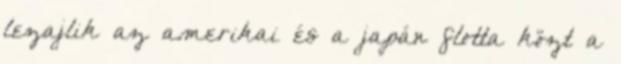
lezajlik az amerikai és a japán flotta közt a